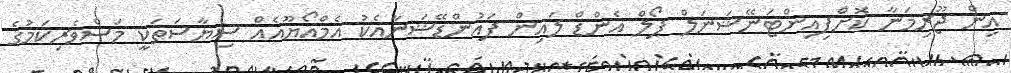
އިން ޖޫރިމަނާ ކޮށްފިއިންޓަނޭޝަނަލް ޕޯލް އެންޑް ލައިން ފައުންޑޭޝަނާއެކު އެމްއޯޔޫއެއް ސިޔާސަތަކީ މަސްވެރިކަމުގެ